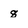
Character: 8